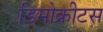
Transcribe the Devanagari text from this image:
डिमोक्रीटस